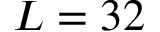
L = 3 2